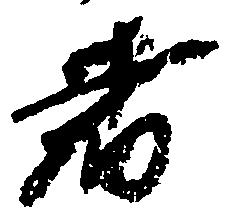
者